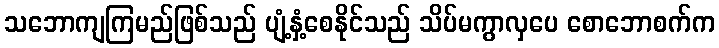
သဘောကျကြမည်ဖြစ်သည် ပျံ့နှံ့စေနိုင်သည် သိပ်မကွာလှပေ စောဘောစက်က